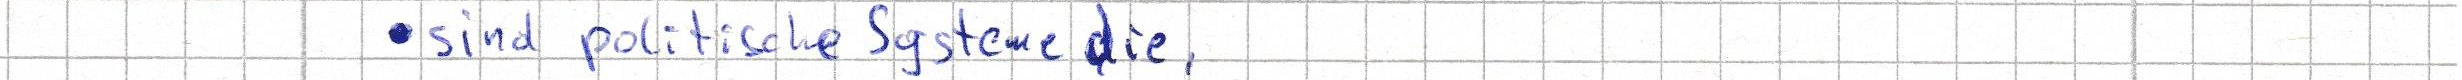
- sind politische Systeme die,